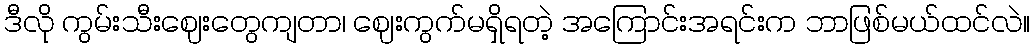
ဒီလို ကွမ်းသီးဈေးတွေကျတာ၊ ဈေးကွက်မရှိရတဲ့ အကြောင်းအရင်းက ဘာဖြစ်မယ်ထင်လဲ။